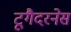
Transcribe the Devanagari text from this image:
टूगैदरनेस